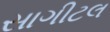
સાગીટલ